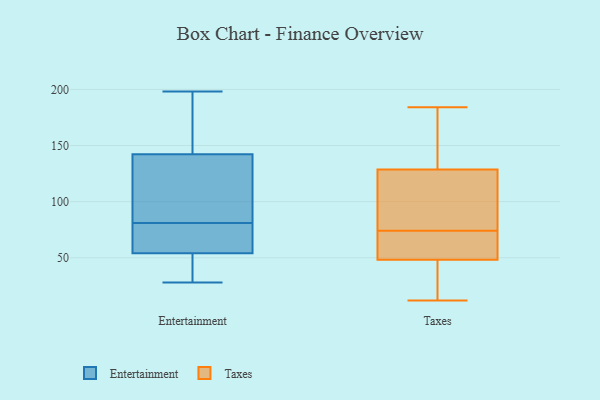
{"axis": {"x": "LTV (USD)", "y": "Value"}, "legend": ["Entertainment", "Taxes"], "data": [{"x": "", "y": 64, "type": "Entertainment"}, {"x": "", "y": 128, "type": "Entertainment"}, {"x": "", "y": 30, "type": "Entertainment"}, {"x": "", "y": 81, "type": "Entertainment"}, {"x": "", "y": 28, "type": "Entertainment"}, {"x": "", "y": 36, "type": "Entertainment"}, {"x": "", "y": 109, "type": "Entertainment"}, {"x": "", "y": 182, "type": "Entertainment"}, {"x": "", "y": 198, "type": "Entertainment"}, {"x": "", "y": 63, "type": "Entertainment"}, {"x": "", "y": 172, "type": "Entertainment"}, {"x": "", "y": 65, "type": "Entertainment"}, {"x": "", "y": 103, "type": "Entertainment"}, {"x": "", "y": 147, "type": "Entertainment"}, {"x": "", "y": 51, "type": "Entertainment"}, {"x": "", "y": 133, "type": "Taxes"}, {"x": "", "y": 127, "type": "Taxes"}, {"x": "", "y": 50, "type": "Taxes"}, {"x": "", "y": 165, "type": "Taxes"}, {"x": "", "y": 52, "type": "Taxes"}, {"x": "", "y": 84, "type": "Taxes"}, {"x": "", "y": 55, "type": "Taxes"}, {"x": "", "y": 31, "type": "Taxes"}, {"x": "", "y": 57, "type": "Taxes"}, {"x": "", "y": 37, "type": "Taxes"}, {"x": "", "y": 43, "type": "Taxes"}, {"x": "", "y": 184, "type": "Taxes"}, {"x": "", "y": 147, "type": "Taxes"}, {"x": "", "y": 12, "type": "Taxes"}, {"x": "", "y": 74, "type": "Taxes"}, {"x": "", "y": 121, "type": "Taxes"}, {"x": "", "y": 122, "type": "Taxes"}]}